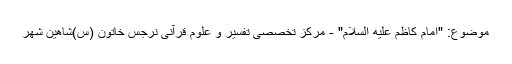
موضوع: "امام کاظم علیه السلام" - مرکز تخصصی تفسیر و علوم قرآنی نرجس خاتون (س)شاهين شهر